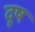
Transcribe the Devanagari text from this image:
दृष